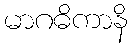
မာဂဓိကာနိ